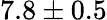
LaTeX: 7.8\pm 0.5